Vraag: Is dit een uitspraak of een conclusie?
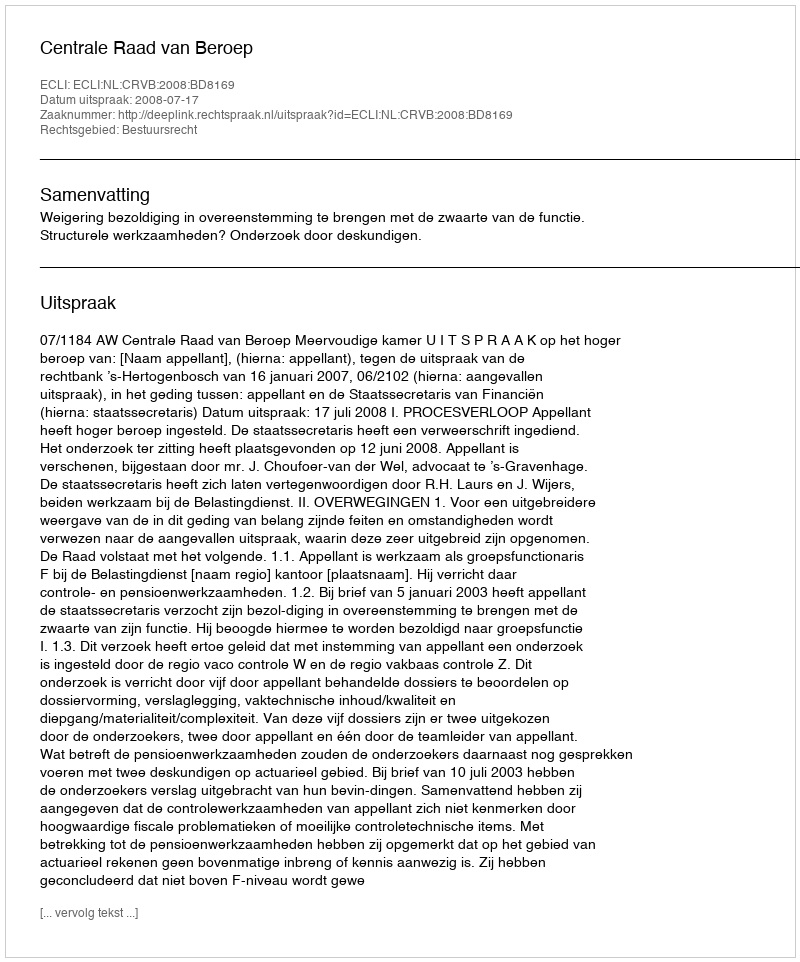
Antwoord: Uitspraak